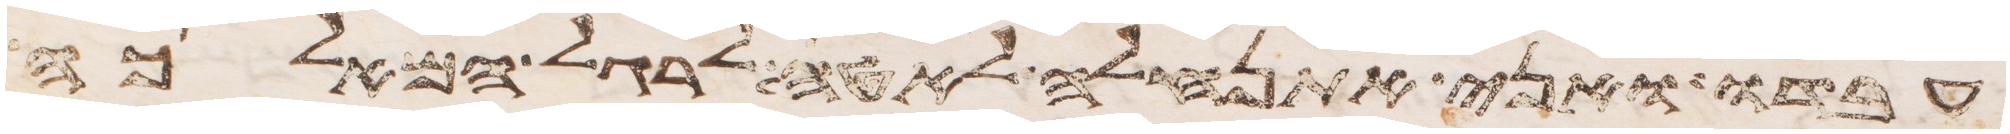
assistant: עבדו ואני אתנהלה לאטי לרגל המלאכה